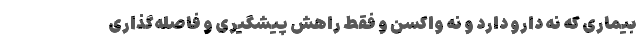
بیماری که نه دارو دارد و نه واکسن و فقط راهش پیشگیری و فاصله‌گذاری